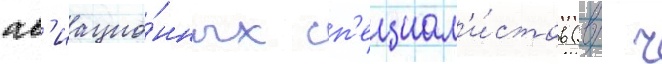
ав'иацио́нных сп'ециал'и́стов (в/ ч